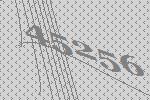
45256